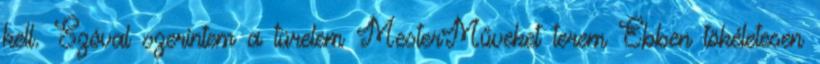
kell. Szóval szerintem a türelem MesterMűveket terem Ebben tökéletesen